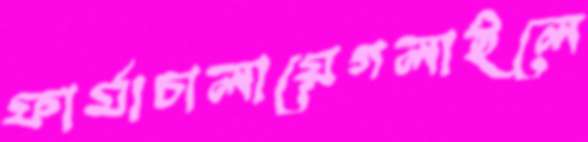
ফার্মাচালায়েগলাইলে